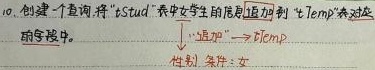
10. 创建一个查询, 将 "stud" 表中女学生的信息追加到 "Temp" 表对应字段中。条件：性别 = 女